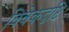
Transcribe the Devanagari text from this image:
विवेकदृष्टि